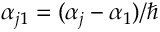
\alpha _ { j 1 } = ( \alpha _ { j } - \alpha _ { 1 } ) / \hbar